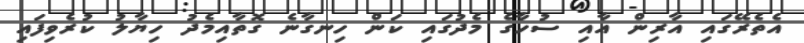
އެތެރޭގައި އާރިން އާއި ސުހާގެ މެދުގައި ކަން ހިނގާނެ ގޮތާއިމެދު ހިޔާލު ކުރެވިފައި